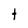
Character: t